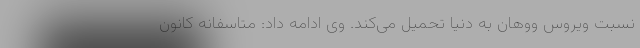
نسبت ویروس ووهان به دنیا تحمیل می‌کند. وی ادامه داد: متاسفانه کانون